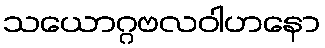
သယောဂ္ဂဗလဝါဟနော